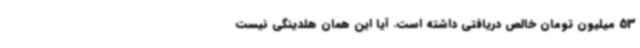
53 میلیون تومان خالص دریافتی داشته است. آیا این همان هلدینگی نیست